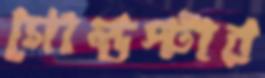
গোল্ডস্টার